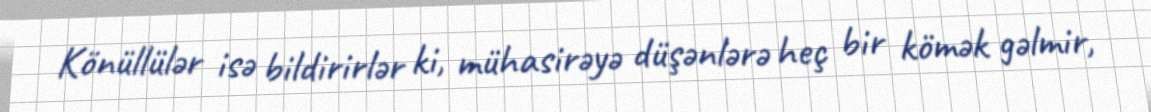
Könüllülər isə bildirirlər ki, mühasirəyə düşənlərə heç bir kömək gəlmir,